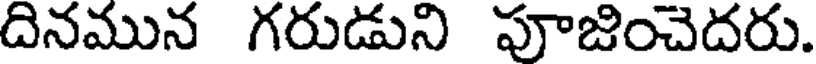
దినమున గరుడుని పూజించెదరు.